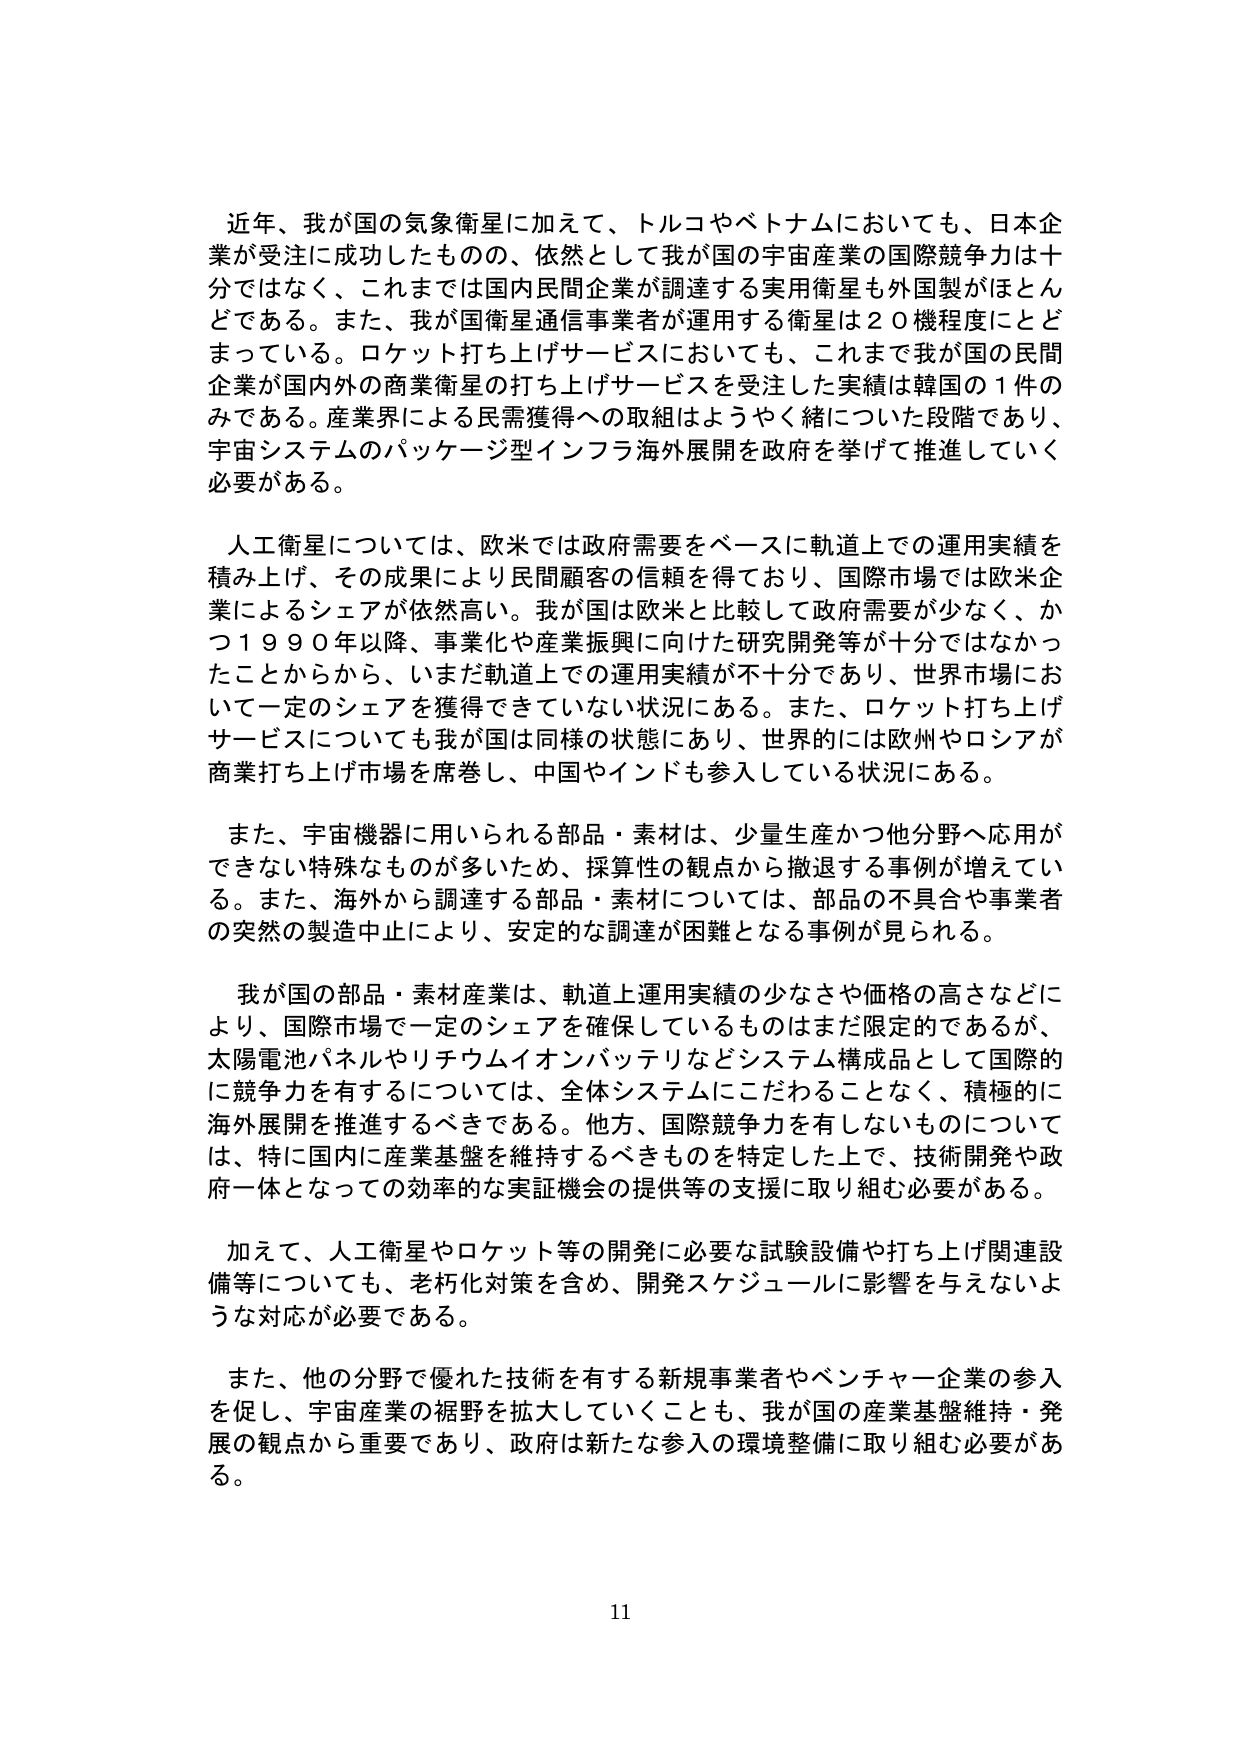
近年、我が国の気象衛星に加えて、トルコやベトナムにおいても、日本企業が受注に成功したものの、依然として我が国の宇宙産業の国際競争力は十分ではなく、これまでは国内民間企業が調達する実用衛星も外国製がほとんどである。また、我が国衛星通信事業者が運用する衛星は２０機程度にとどまっている。ロケット打ち上げサービスにおいても、これまで我が国の民間企業が国内外の商業衛星の打ち上げサービスを受注した実績は韓国の１件のみである。産業界による民需獲得への取組はようやく緒についた段階であり、宇宙システムのパッケージ型インフラ海外展開を政府を挙げて推進していく必要がある。

人工衛星については、欧米では政府需要をベースに軌道上での運用実績を積み上げ、その成果により民間顧客の信頼を得ており、国際市場では欧米企業によるシェアが依然高い。我が国は欧米と比較して政府需要が少なく、かつ１９９０年以降、事業化や産業振興に向けた研究開発等が十分ではなかったことからから、いまだ軌道上での運用実績が不十分であり、世界市場において一定のシェアを獲得できていない状況にある。また、ロケット打ち上げサービスについても我が国は同様の状態にあり、世界的には欧州やロシアが商業打ち上げ市場を席巻し、中国やインドも参入している状況にある。

また、宇宙機器に用いられる部品・素材は、少量生産かつ他分野へ応用ができない特殊なものが多いため、採算性の観点から撤退する事例が増えてい る。また、海外から調達する部品・素材については、部品の不具合や事業者の突然の製造中止により、安定的な調達が困難となる事例が見られる。

我が国の部品・素材産業は、軌道上運用実績の少なさや価格の高さなどにより、国際市場で一定のシェアを確保しているものはまだ限定的であるが、太陽電池パネルやリチウムイオンバッテリなどシステム構成品として国際的に競争力を有するについては、全体システムにこだわることなく、積極的に海外展開を推進するべきである。他方、国際競争力を有しないものについては、特に国内に産業基盤を維持するべきものを特定した上で、技術開発や政府一体となっての効率的な実証機会の提供等の支援に取り組む必要がある。

加えて、人工衛星やロケット等の開発に必要な試験設備や打ち上げ関連設備等についても、老朽化対策を含め、開発スケジュールに影響を与えないような対応が必要である。

また、他の分野で優れた技術を有する新規事業者やベンチャー企業の参入を促し、宇宙産業の裾野を拡大していくことも、我が国の産業基盤維持・発展の観点から重要であり、政府は新たな参入の環境整備に取り組む必要がある。

11